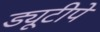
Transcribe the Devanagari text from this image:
ड्यूटीपे